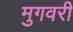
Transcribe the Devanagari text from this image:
मुगवरी